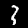
Digit: 3